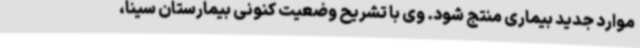
موارد جدید بیماری منتج شود. وی با تشریح وضعیت کنونی بیمارستان سینا،